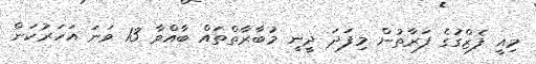
މިއީ ފެޒްގުގެ ފަރާތުން މިފަދަ ދީނީ މުބާރާތްތައް ބާއްވާ 13 ވަނަ އަހަރުކަން